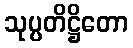
သုပ္ပတိဋ္ဌိတော